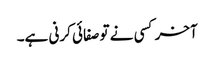
آخر کسی نے تو صفائی کرنی ہے۔